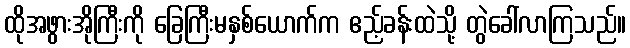
ထိုအဖွားအိုကြီးကို ခြေကြီးမနှစ်ယောက်က ဧည့်ခန်းထဲသို့ တွဲခေါ်လာကြသည်။